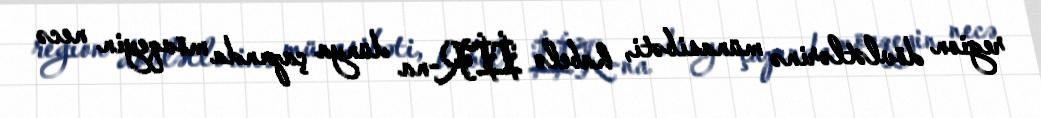
region dövlətlərinə münasibəti, habelə İİR-na dünya çapında mövqeyin necə